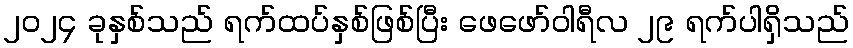
၂၀၂၄ ခုနှစ်သည် ရက်ထပ်နှစ်ဖြစ်ပြီး ဖေဖော်ဝါရီလ ၂၉ ရက်ပါရှိသည်